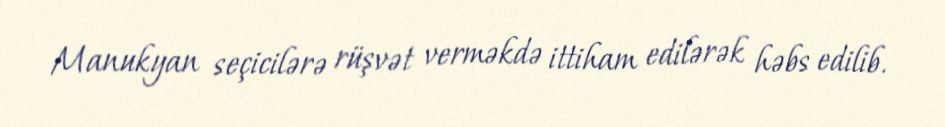
Manukyan seçicilərə rüşvət verməkdə ittiham edilərək həbs edilib.